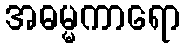
အဓမ္မကာရော